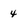
Character: 4